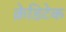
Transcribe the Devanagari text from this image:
क्रेडिटेक